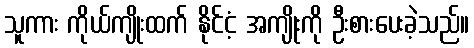
သူကား ကိုယ်ကျိုးထက် နိုင်ငံ့ အကျိုးကို ဦးစားပေးခဲ့သည်။